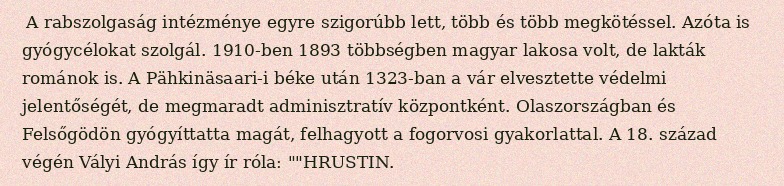
A rabszolgaság intézménye egyre szigorúbb lett, több és több megkötéssel. Azóta is gyógycélokat szolgál. 1910-ben 1893 többségben magyar lakosa volt, de lakták románok is. A Pähkinäsaari-i béke után 1323-ban a vár elvesztette védelmi jelentőségét, de megmaradt adminisztratív központként. Olaszországban és Felsőgödön gyógyíttatta magát, felhagyott a fogorvosi gyakorlattal. A 18. század végén Vályi András így ír róla: ""HRUSTIN.